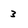
Character: 3